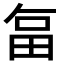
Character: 𭻉